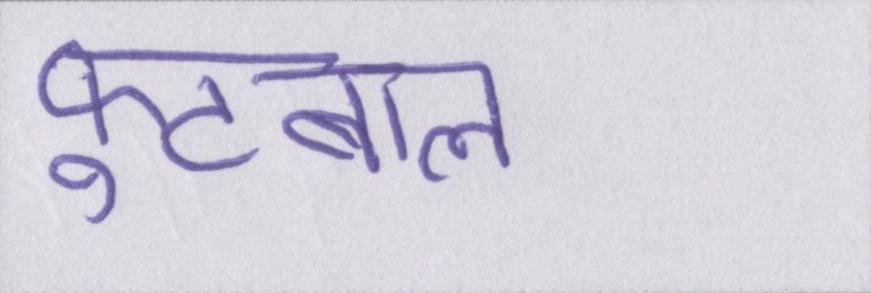
फ़ुटबाल